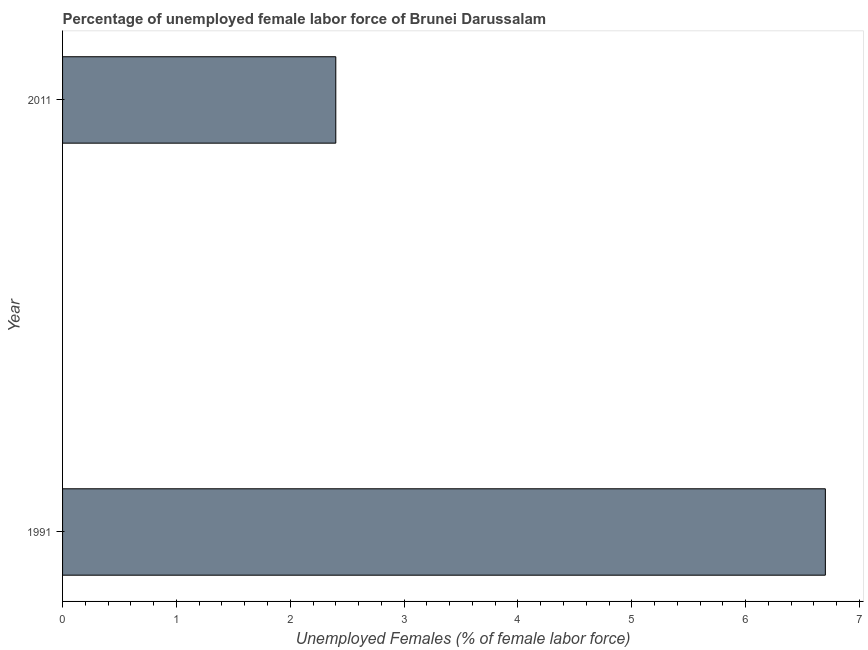
| Year | Unemployment female |
 | --- | --- |
 | 1991 | 6.7 |
 | 2011 | 2.4 |